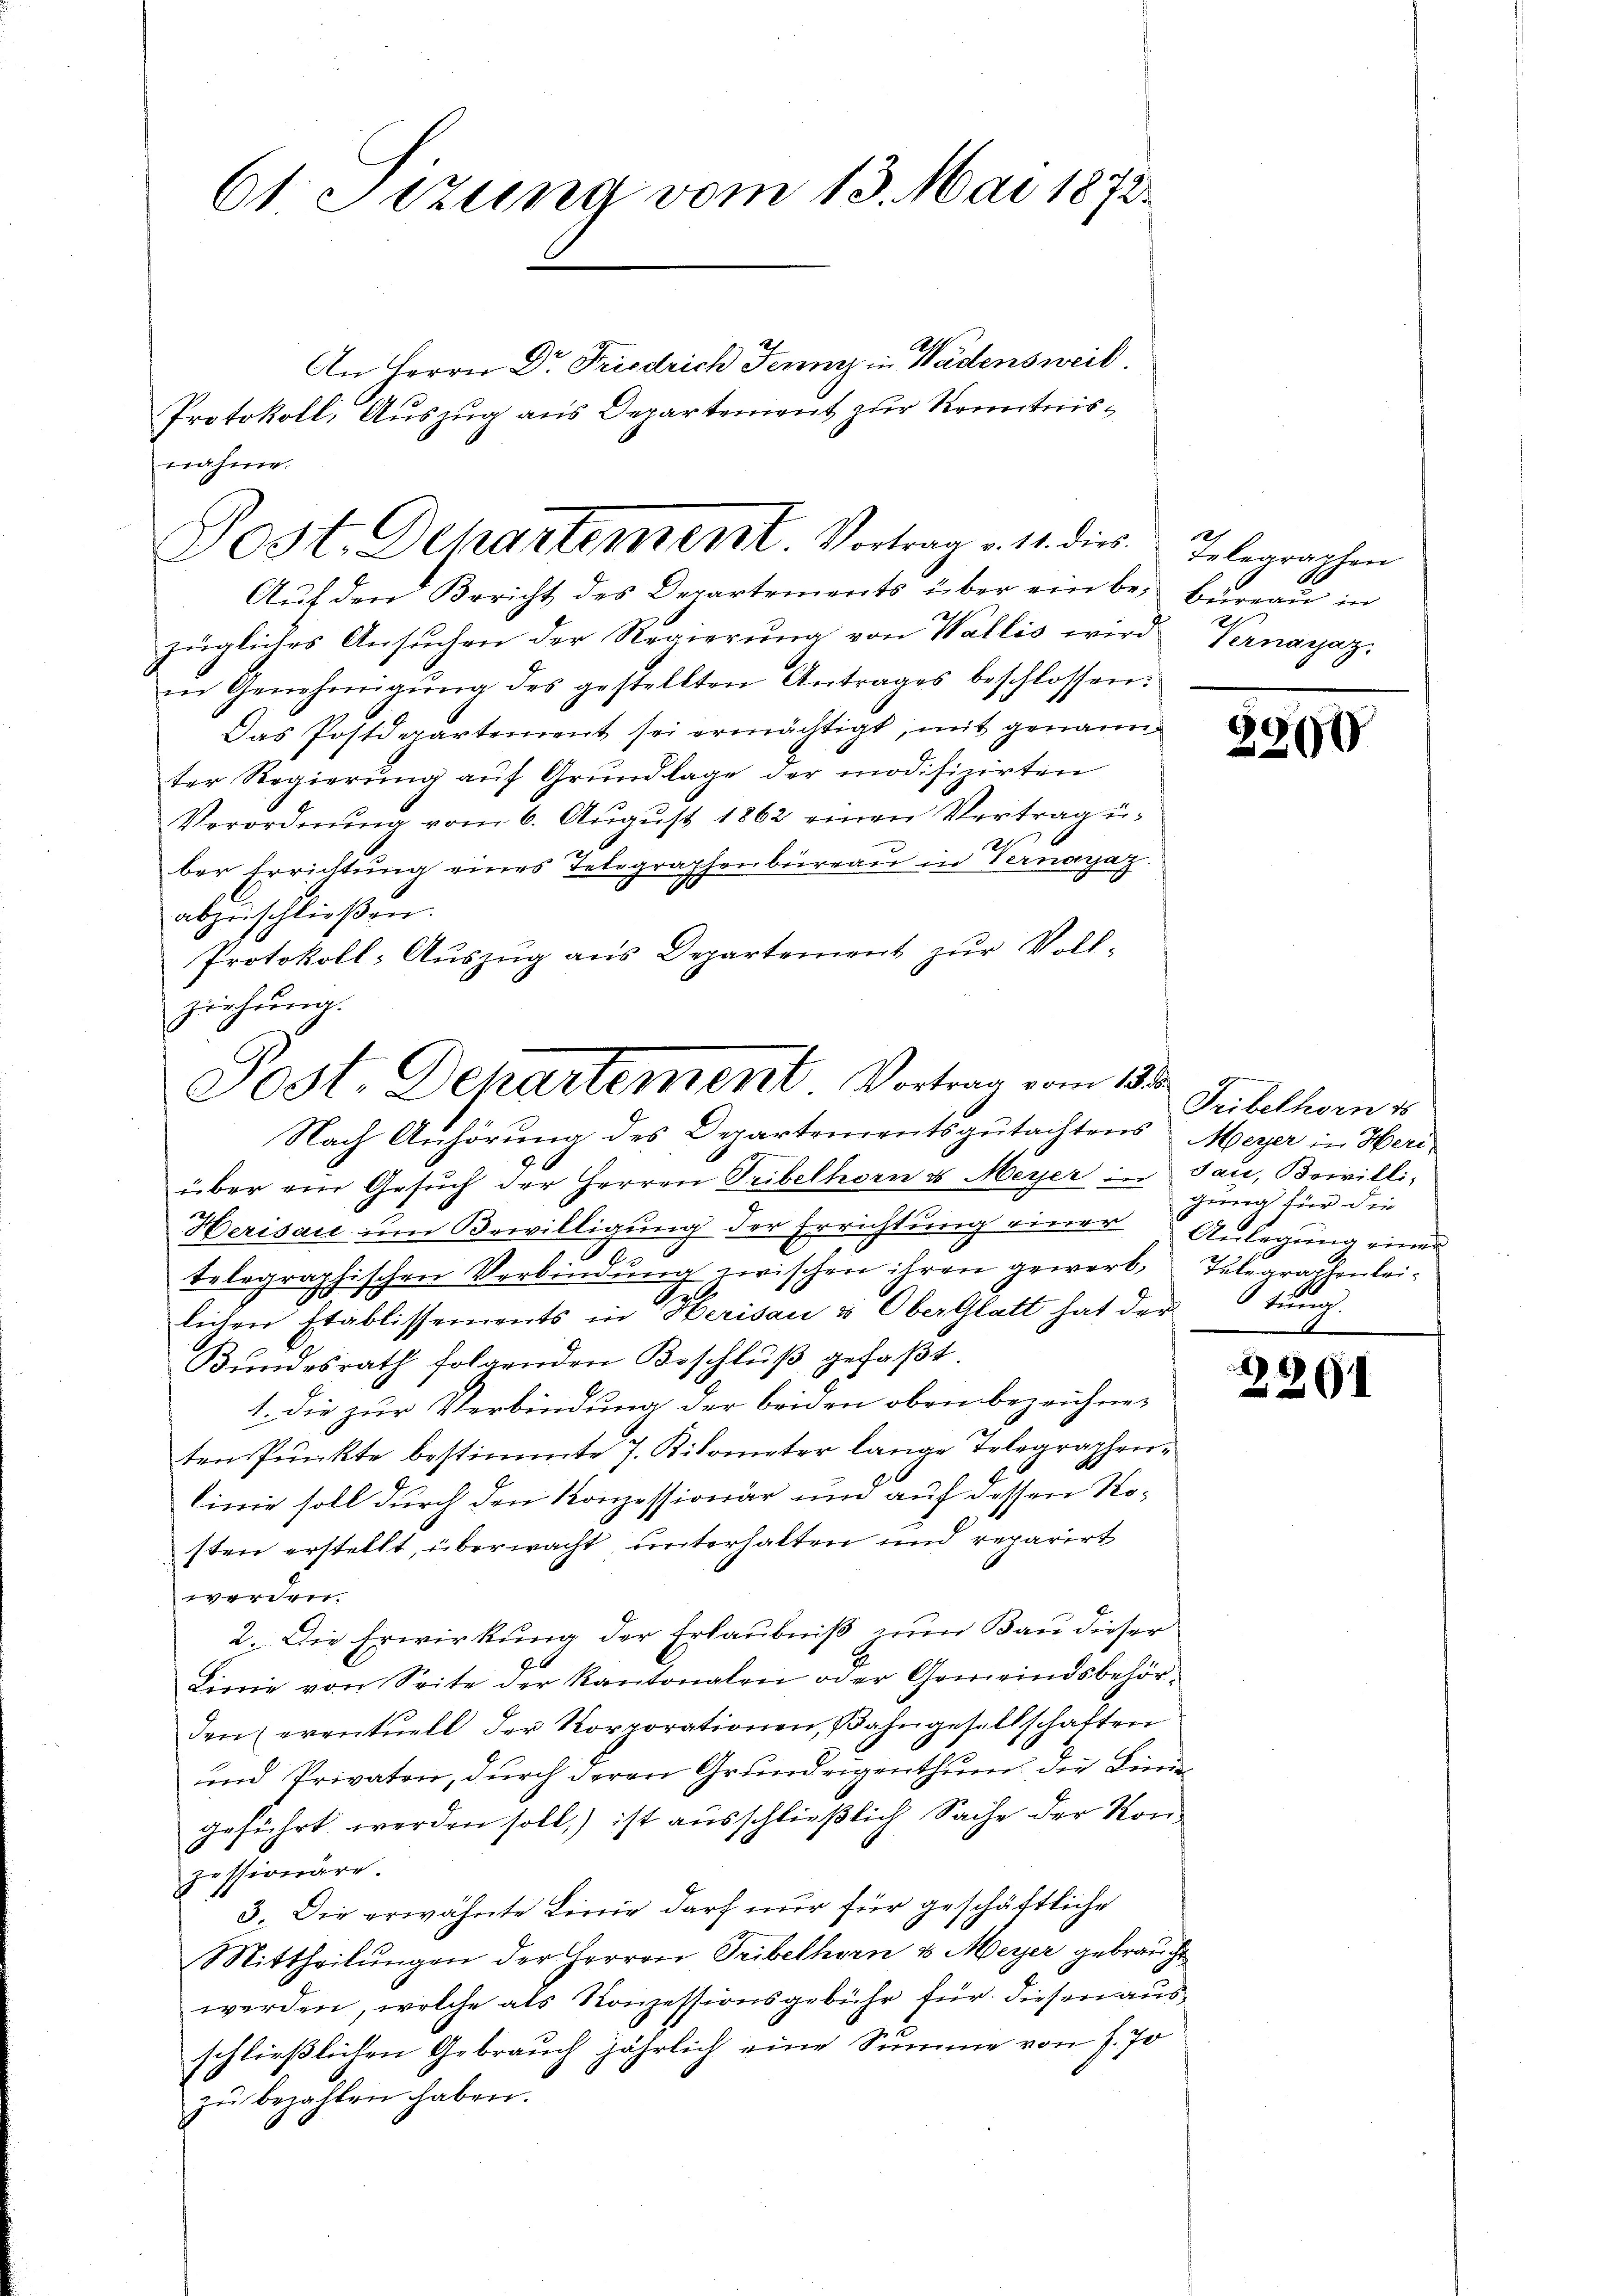
61 Sizung vom 13. Mai 1872.
An Herrn Dr. Friedrich Jenny in Wädensweil.
Protokoll, Auszug aus Departement zur Kenntnis¬

nahme.
Post. Departement. Vortrag v. 11. dies J. begraphen
Auf den Bericht des Departements über ein bei Bureau in

zügliches Ansŭchen der Regierŭng von Wallis wird Vernayaz.
in Genehmigŭng des gestellten Antrages beschlossen:
Das Postdepartement sei ermächtigt, mit genann
ter Regierŭng aŭf Grŭndlage der modifizirten
Verordnŭng vom 6. Aŭgŭst 1862 einen Vertragŭ-
ber Errichtung eines Telegraphenbüreaŭ in Vernachaz.
16
abzuschlieβen.
Protokoll-Auszug aus Departement zur Voll-
über ein Gesŭch der Herren Tribelhorn & Meyer in dann, Bewilli¬
Herisau im Bewilligung der Errichtung einer Anlegung einer
telegraphischen Verbindung zwischen ihren gewerb, Telegraphenlei¬
A
lichen Etablissements in Herisau u Oberglatt hat der Stung.
Bŭndesrath folgenden Beschlŭβ gefaβt.
1. Die zur Verbindung der beiden oben bezeichneten Punkte bestimmte J. Kilometer lange Telegraphenlinie soll durch den Konzessionär und auf dessen Nosten erstellt, überwacht, unterhalten und reparirt
Verste
2. Die Erwirkung der Erlaubniß nun Bau dieser
G
Linie von Seite der Kantonalen oder Gemeindsbehörden eventuell der Korporationen, Bahngesellschaften
und Privaten, durch deren Grundeigenthum die Linie
geführt werden soll) ist ausschließlich Sache der Konzessionäre.
3. Die erwähnte Linie darf nur für geschäftliche
Mittheilŭngen der Herren Tribelhorn u. Meyer gebraucht
werden, welche als Konzessionsgebühr für diesen ausschließlichen Gebrauch jährlich eine Summe von J. Jo
zŭ bezahlen haben.

ziehung.
Post. Departement. Vortrag vom 18t
Nach Anhörung des Departementsgutachtens Meyer in Heri-

2965

Tribelhorn es
gung für die

2261